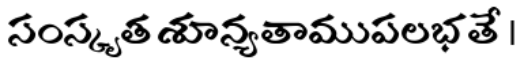
సంస్కృత శూన్యతాముపలభతే ।